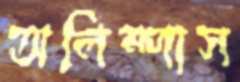
অলিম্পাস